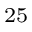
_ { 2 5 }